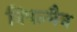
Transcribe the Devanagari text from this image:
विपल्मैन